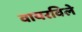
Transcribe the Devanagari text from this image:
वायरविले